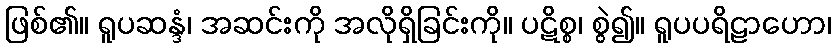
ဖြစ်၏။ ရူပဆန္ဒံ၊ အဆင်းကို အလိုရှိခြင်းကို။ ပဋိစ္စ၊ စွဲ၍။ ရူပပရိဠာဟော၊